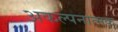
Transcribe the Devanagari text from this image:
अकल्पनात्मक